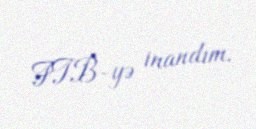
FTB-yə inandım.